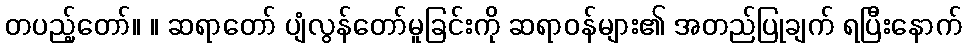
တပည့်တော်။ ။ ဆရာတော် ပျံလွန်တော်မူခြင်းကို ဆရာဝန်များ၏ အတည်ပြုချက် ရပြီးနောက်